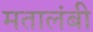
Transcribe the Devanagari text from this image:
मतालंबी